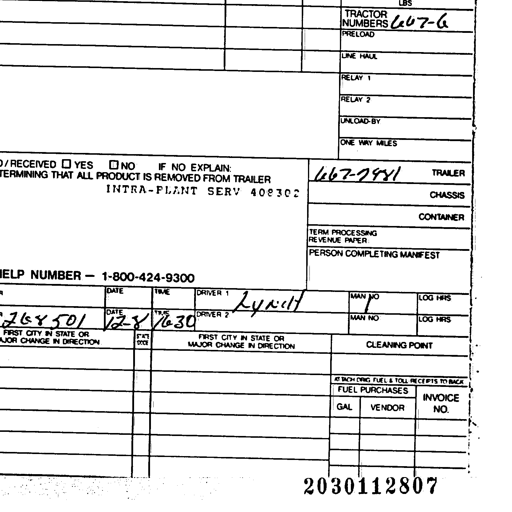
LBS
TRACTOR NUMBERS 667-G
PRELOAD
LINE HAUL
RELAY 1
RELAY 2
UNLOAD BY
ONE WAY MILES
RECEIVED YES NO IF NO EXPLAIN:
TERMINING THAT ALL PRODUCT IS REMOVED FROM TRAILER 667-7981 TRAILER
INTRA-PLANT SERV 408302 CHASSIS
CONTAINER
TERM PROCESSING REVENUE PAPER
PERSON COMPLETING MANIFEST
HELP NUMBER - 1-800-424-9300
DATE TIME DRIVER 1 Lynch MAN NO LOG HRS
268501 12-8 1630 DRIVER 2 MAN NO LOG HRS
FIRST CITY IN STATE OR MAJOR CHANGE IN DIRECTION STATE CODE FIRST CITY IN STATE OR MAJOR CHANGE IN DIRECTION CLEANING POINT
ATTACH ORIG FUEL & TOLL RECEIPTS TO BACK
FUEL PURCHASES INVOICE NO.
GAL VENDOR
2030112807